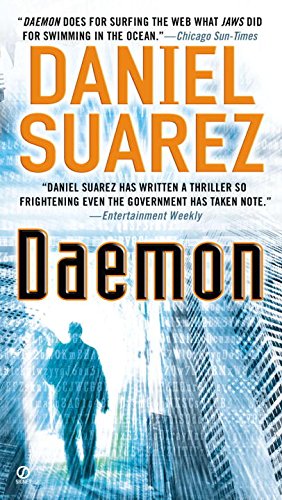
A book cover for DAEMON; Daniel Suarez; Mystery, Thriller & Suspense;